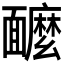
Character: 𩉌